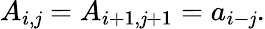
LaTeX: A_{i,\mathit{j}}=A_{i+1,\mathit{j}+1}=a_{i-\mathit{j}}.